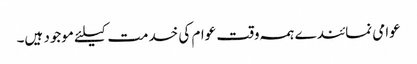
عوامی نمائندے ہمہ وقت عوام کی خدمت کیلئے موجود ہیں۔